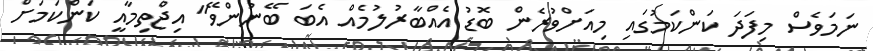
ނަމަވެސް މިފަދަ ކަންކަމުގައި މިއަށްވުރެން ބޮޑު އެއްބާރުލުމެއް އެބަ ބޭނުންވޭ" އިޖްތިމާއީ ކަންކަމަށް